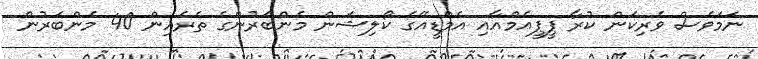
ނަމަވެސް ވެރިކަން ކުރާ ޕީޕީއެމްއާއި އެމްޑީއޭގެ ކޯލިޝަން މެންބަރުންގެ ތެރެއިން 40 މެންބަރުން